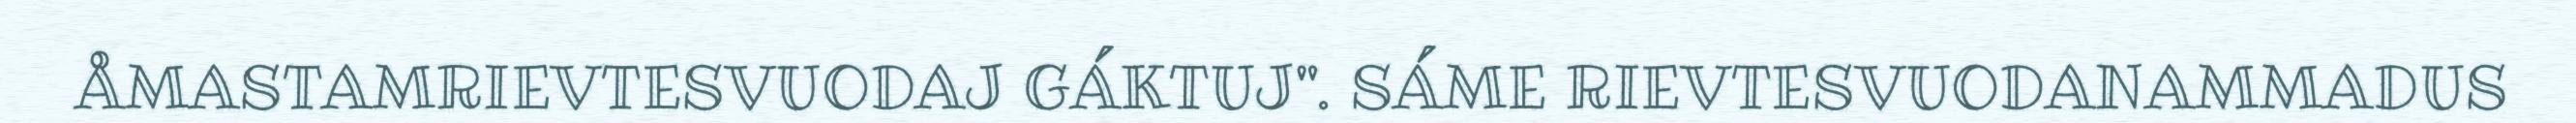
ÅMASTAMRIEVTESVUODAJ GÁKTUJ". SÁME RIEVTESVUODANAMMADUS